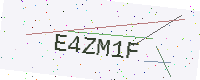
Text: E4ZM1F